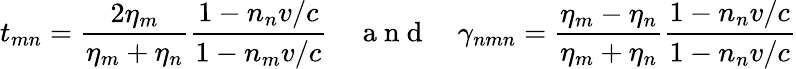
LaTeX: t_{mn}=\frac{2\eta_{m}}{\eta_{m}+\eta_{n}}\frac{1-n_{n}v/c}{1-n_{m}v/c}\quad\mathrm{~a~n~d~}\quad\gamma_{nmn}=\frac{\eta_{m}-\eta_{n}}{\eta_{m}+\eta_{n}}\frac{1-n_{n}v/c}{1-n_{n}v/c}